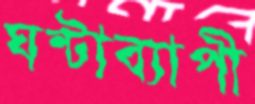
ঘন্টাব্যাপী